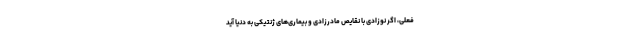
فعلی، اگر نوزادی با نقایص مادرزادی و بیماری‌های ژنتیکی به دنیا آید